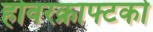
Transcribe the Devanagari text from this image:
होवरक्राफ्टको